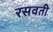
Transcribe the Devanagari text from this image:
रसवती